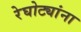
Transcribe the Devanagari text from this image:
रेघोट्यांना